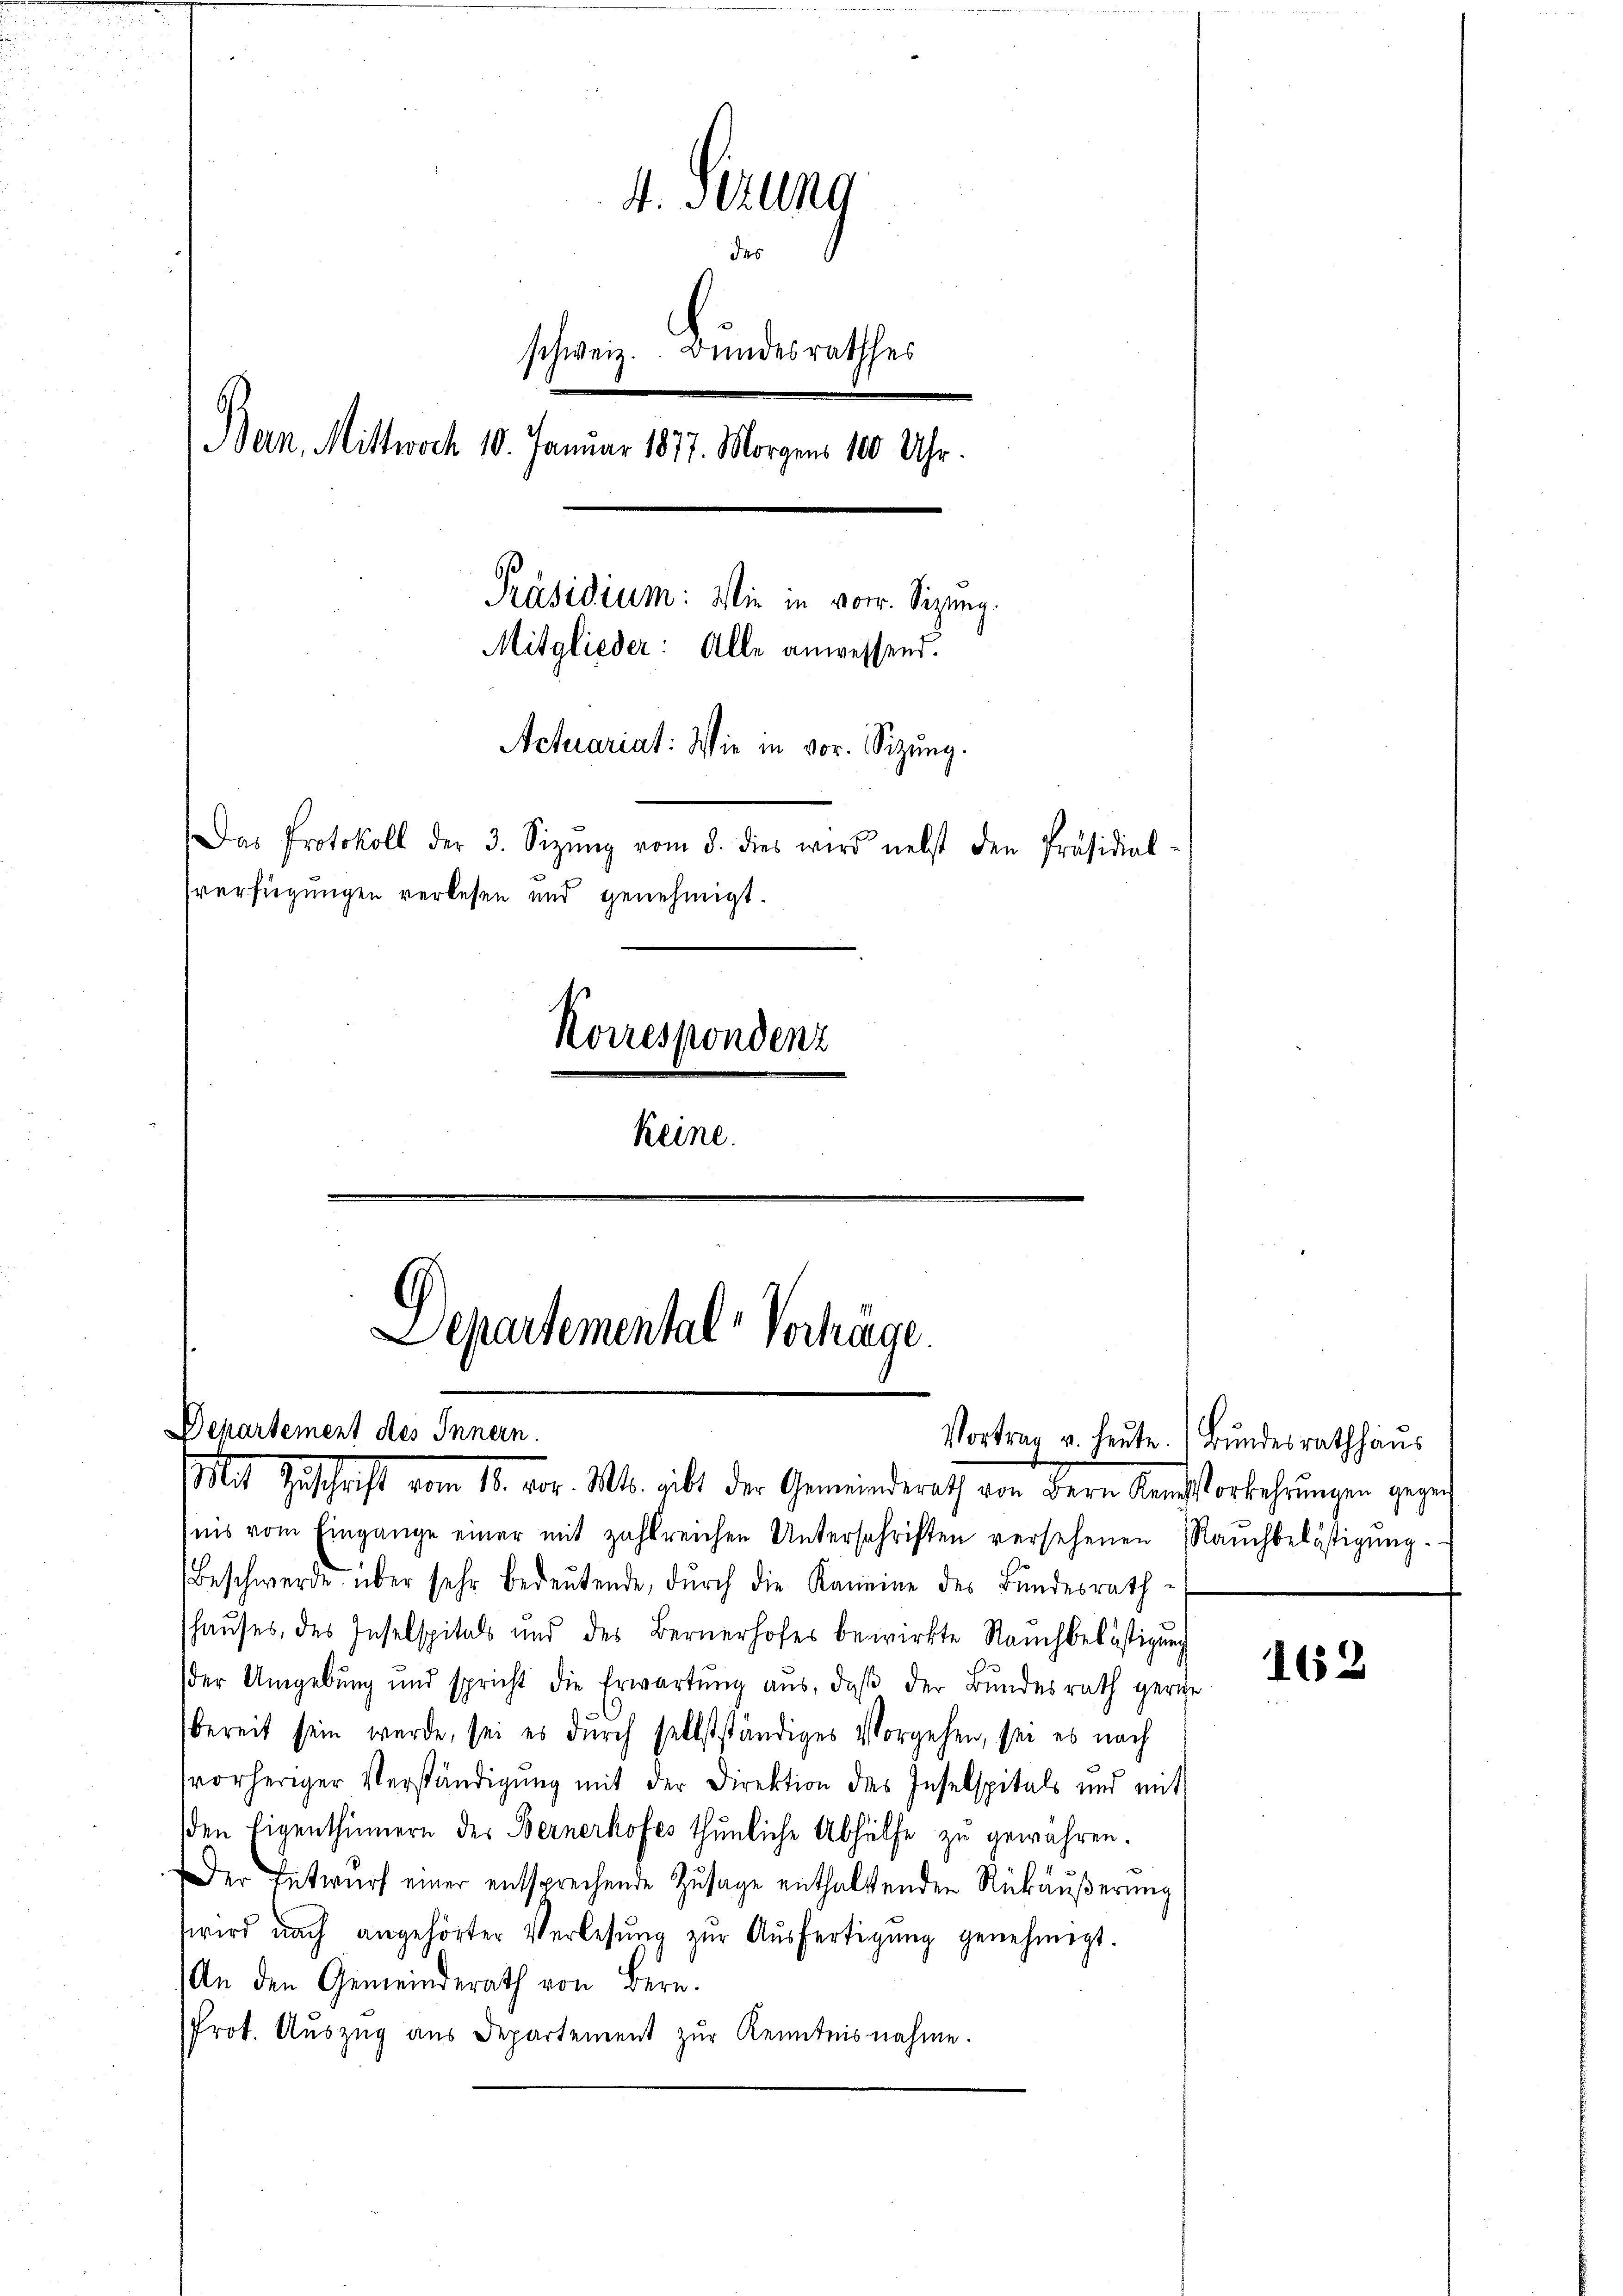
4. Sitzung
des
Ban. Mittwoch 10. Januar 1877. Morgens 100 Uhr.
Präsidium: Wie in vor. Sizung.
Mitglieder: Alle anwessend.
Actuariat: Wie in vor. Sizung.
Das Protokoll der 3. Sizŭng vom 3. dies wird nebst den Präsidial-
sverfügungen verlesen und genehmigt.
Korrespondenz
keine.

Departement des Innern.

Mit Zuschrift vom 18. vor. Mts. gibt der Gemeinderath von der Kandsorkehrungen gegen
nis vom Eingange einer mit zahlreichen Unterschriften versehenen Raŭchbelästigŭng.
Beschwerde über sehr bedeŭtende, dŭrch die Kamine des Bundesrath
shauses, des Inselspitals und des Bernerhofes bewirkte Raŭch belästigŭng
der Umgebung und spricht die Erwartung aus, daβ der Bundesrath gerige
bereit sein werde, sei es durch selbstständiges Vorgehen, sei es nach
vorheriger Verständigung mit der Direktion des Inselspitals und mit
den Eigenthümern des Bernerhofes thunliche Abhülfe zu gewähren.
Der Entwurf einer entsprechende Zusage enthaltenden Rückäußerung
wird nach angehörter Verlesung zŭr Aŭsfertigŭng genehmigt.
An den Gemeinderath von Bern.
Prot. Auszug aus Departement zur Kenntnisnahme.

schweiz. Bundesrathes

Departemental-Verhäge.

Vortrag u. heute. Bundesrathhaus

162